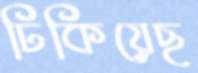
ঢিকিয়েছ